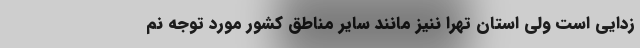
‌زدایی است ولی استان تهرا ننیز مانند سایر مناطق کشور مورد توجه نم